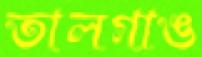
তালগাঙ